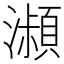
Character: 𤂔